Civil Veterinary Department Bengal reports 1933-51 - 1933-1951
Year: 1933
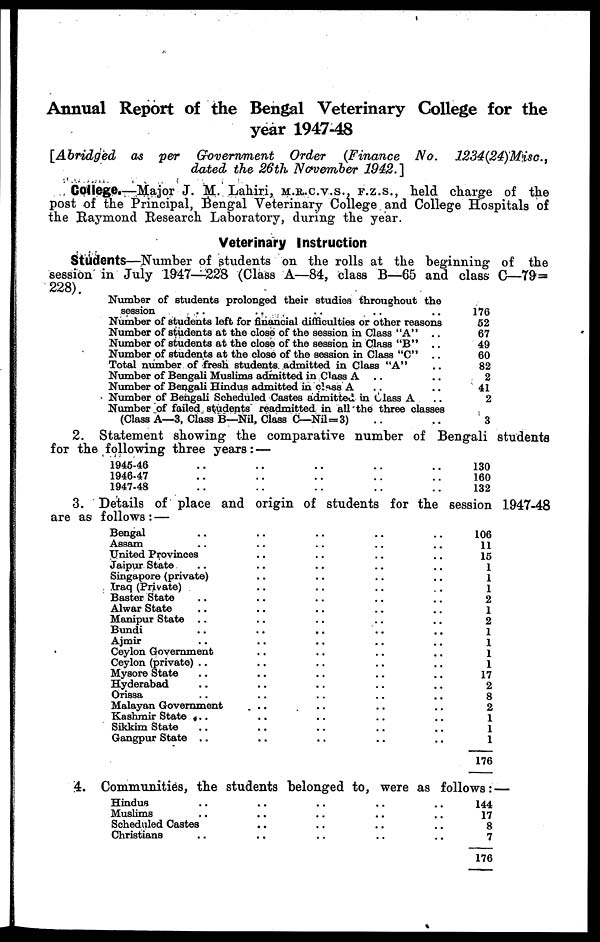
Annual Report of the Bengal Veterinary College for the
year 1947-48
[Abridged
as per
Government
Order
(Finance
No.
1234(24) Misc.,
dated the 26th November
1942.]
College.—Major J. M. Lahiri, M.R.C.V.S., F.Z.S., held charge of the
post of the Principal, Bengal Veterinary College and College Hospitals of
the Raymond Research Laboratory, during the year.
Veterinary Instruction
Students—Number of students on the rolls at the beginning of the
session in July 1947—228 (Class A—84, class B—65 and class C—79=
228).
Number of students prolonged their studies throughout the
session .. .. .. .. ..
Number of students left for financial difficulties or other reasons
Number of students at the close of the session in Class "A" ..
Number of students at the close of the session in Class "B" ..
Number of students at the close of the session in Class "C" ..
Total number of fresh students admitted in Class "A" ..
Number of Bengali Muslims admitted in Class A .. ..
Number of Bengali Hindus admitted in class A .. ..
Number of Bengali Scheduled Castes admitted in Class A ..
Number of failed students readmitted in all the three classes .. ..
(Class A—3, Class B—Nil, Class C—Nil=3)
176
52
67
49
60
82
2
41
2
3
2. Statement showing the comparative number of Bengali students
for the following three years :—
1945-46 .. .. .. .. ..
1946-47 .. .. .. .. ..
1947-48 .. .. .. .. ..
130
160
132
3. Details of place and origin of students for the session 1947-48
are as follows :—
Bengal .. .. .. .. ..
Assam .. .. .. .. ..
United Provinces .. .. .. ..
Jaipur State .. .. .. ..
Singapore (private) .. .. .. ..
Iraq (Private) .. .. .. ..
Baster State .. .. .. .. ..
Alwar State .. .. .. .. ..
Manipur State .. .. .. .. ..
Bundi .. .. .. .. ..
Ajmir .. .. .. .. ..
Ceylon Government .. .. .. ..
Ceylon (private) .. .. .. .. ..
Mysore State .. .. .. .. ..
Hyderabad .. .. .. .. ..
Orissa .. .. .. .. ..
Malayan Government .. .. .. ..
Kashmir State .. .. .. .. ..
Sikkim State .. .. .. .. ..
Gangpur State .. .. .. .. ..
106
11
15
1
1
1
2
1
2
1
1
1
1
17
2
8
2
1
1
1
176
4. Communities, the students belonged to, were as follows :—
Hindus .. .. .. .. ..
Muslims .. .. .. .. ..
Scheduled Castes .. .. .. ..
Christians .. .. .. .. ..
144
17
8
7
176